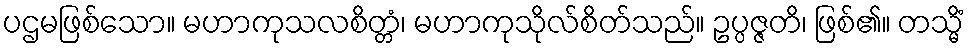
ပဌမဖြစ်သော။ မဟာကုသလစိတ္တံ၊ မဟာကုသိုလ်စိတ်သည်။ ဥပ္ပဇ္ဇတိ၊ ဖြစ်၏။ တသ္မိံ